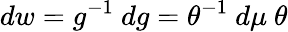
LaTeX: dw=g^{-1}~dg=\theta^{-1}~d\mu~\theta